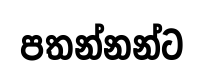
පතන්නන්ට